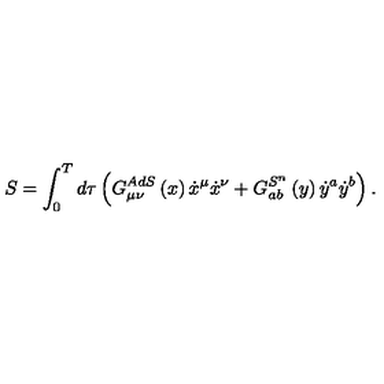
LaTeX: S = \int _ { 0 } ^ { T } d \tau \left( G _ { \mu \nu } ^ { A d S } \left( x \right) \dot { x } ^ { \mu } \dot { x } ^ { \nu } + G _ { a b } ^ { S ^ { n } } \left( y \right) \dot { y } ^ { a } \dot { y } ^ { b } \right) .